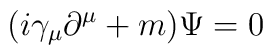
(i\gamma_{\mu} \partial^{\mu} +m) \Psi=0